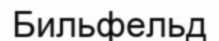
Бильфельд